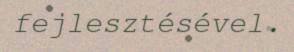
fejlesztésével.